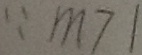
\because m > 1